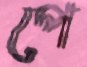
পে